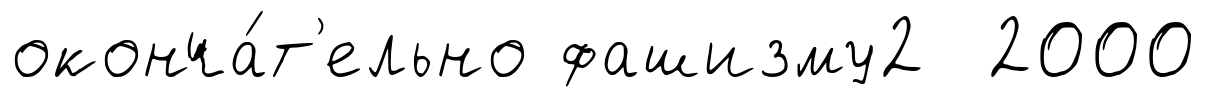
оконча́т'ельно фашизму2 2000